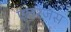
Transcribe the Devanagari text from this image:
एलरजेंस